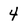
Character: 4